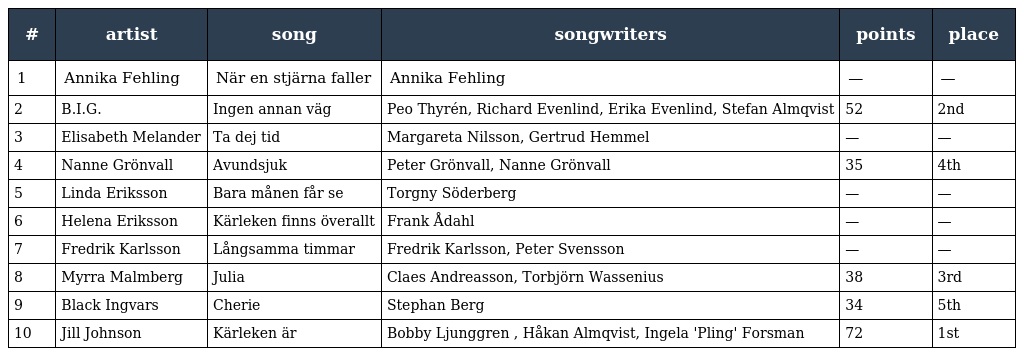
| # | artist | song | songwriters | points | place |
 | --- | --- | --- | --- | --- | --- |
 | 1 | Annika Fehling | När en stjärna faller | Annika Fehling | — | — |
 | 2 | B.I.G. | Ingen annan väg | Peo Thyrén, Richard Evenlind, Erika Evenlind, Stefan Almqvist | 52 | 2nd |
 | 3 | Elisabeth Melander | Ta dej tid | Margareta Nilsson, Gertrud Hemmel | — | — |
 | 4 | Nanne Grönvall | Avundsjuk | Peter Grönvall, Nanne Grönvall | 35 | 4th |
 | 5 | Linda Eriksson | Bara månen får se | Torgny Söderberg | — | — |
 | 6 | Helena Eriksson | Kärleken finns överallt | Frank Ådahl | — | — |
 | 7 | Fredrik Karlsson | Långsamma timmar | Fredrik Karlsson, Peter Svensson | — | — |
 | 8 | Myrra Malmberg | Julia | Claes Andreasson, Torbjörn Wassenius | 38 | 3rd |
 | 9 | Black Ingvars | Cherie | Stephan Berg | 34 | 5th |
 | 10 | Jill Johnson | Kärleken är | Bobby Ljunggren , Håkan Almqvist, Ingela 'Pling' Forsman | 72 | 1st |